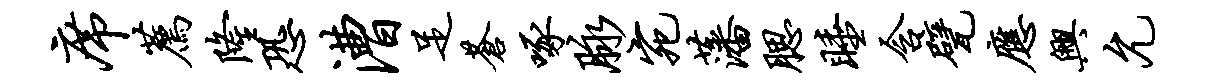
席荐隆恐漕足苍啄脉宛藩腮睡含甓应兴允